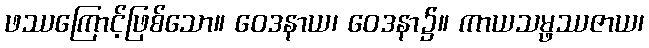
ဖဿကြောင့်ဖြစ်သော။ ဝေဒနာယ၊ ဝေဒနာ၌။ ကာယသမ္ဖဿဇာယ၊